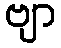
ဗျာ